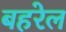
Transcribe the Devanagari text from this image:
बहरेल